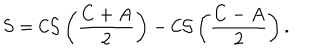
S = { \cal C S } \left( \frac { C + A } { 2 } \right) - { \cal C S } \left( \frac { C - A } { 2 } \right) .